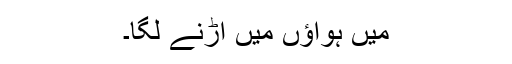
میں ہواؤں میں اڑنے لگا۔